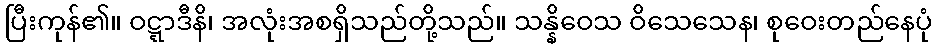
ပြီးကုန်၏။ ဝဋ္ဋာဒီနိ၊ အလုံးအစရှိသည်တို့သည်။ သန္နိဝေသ ဝိသေသေန၊ စုဝေးတည်နေပုံ